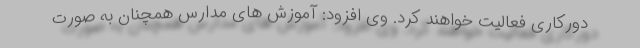
دورکاری فعالیت خواهند کرد. وی افزود: آموزش های مدارس همچنان به صورت